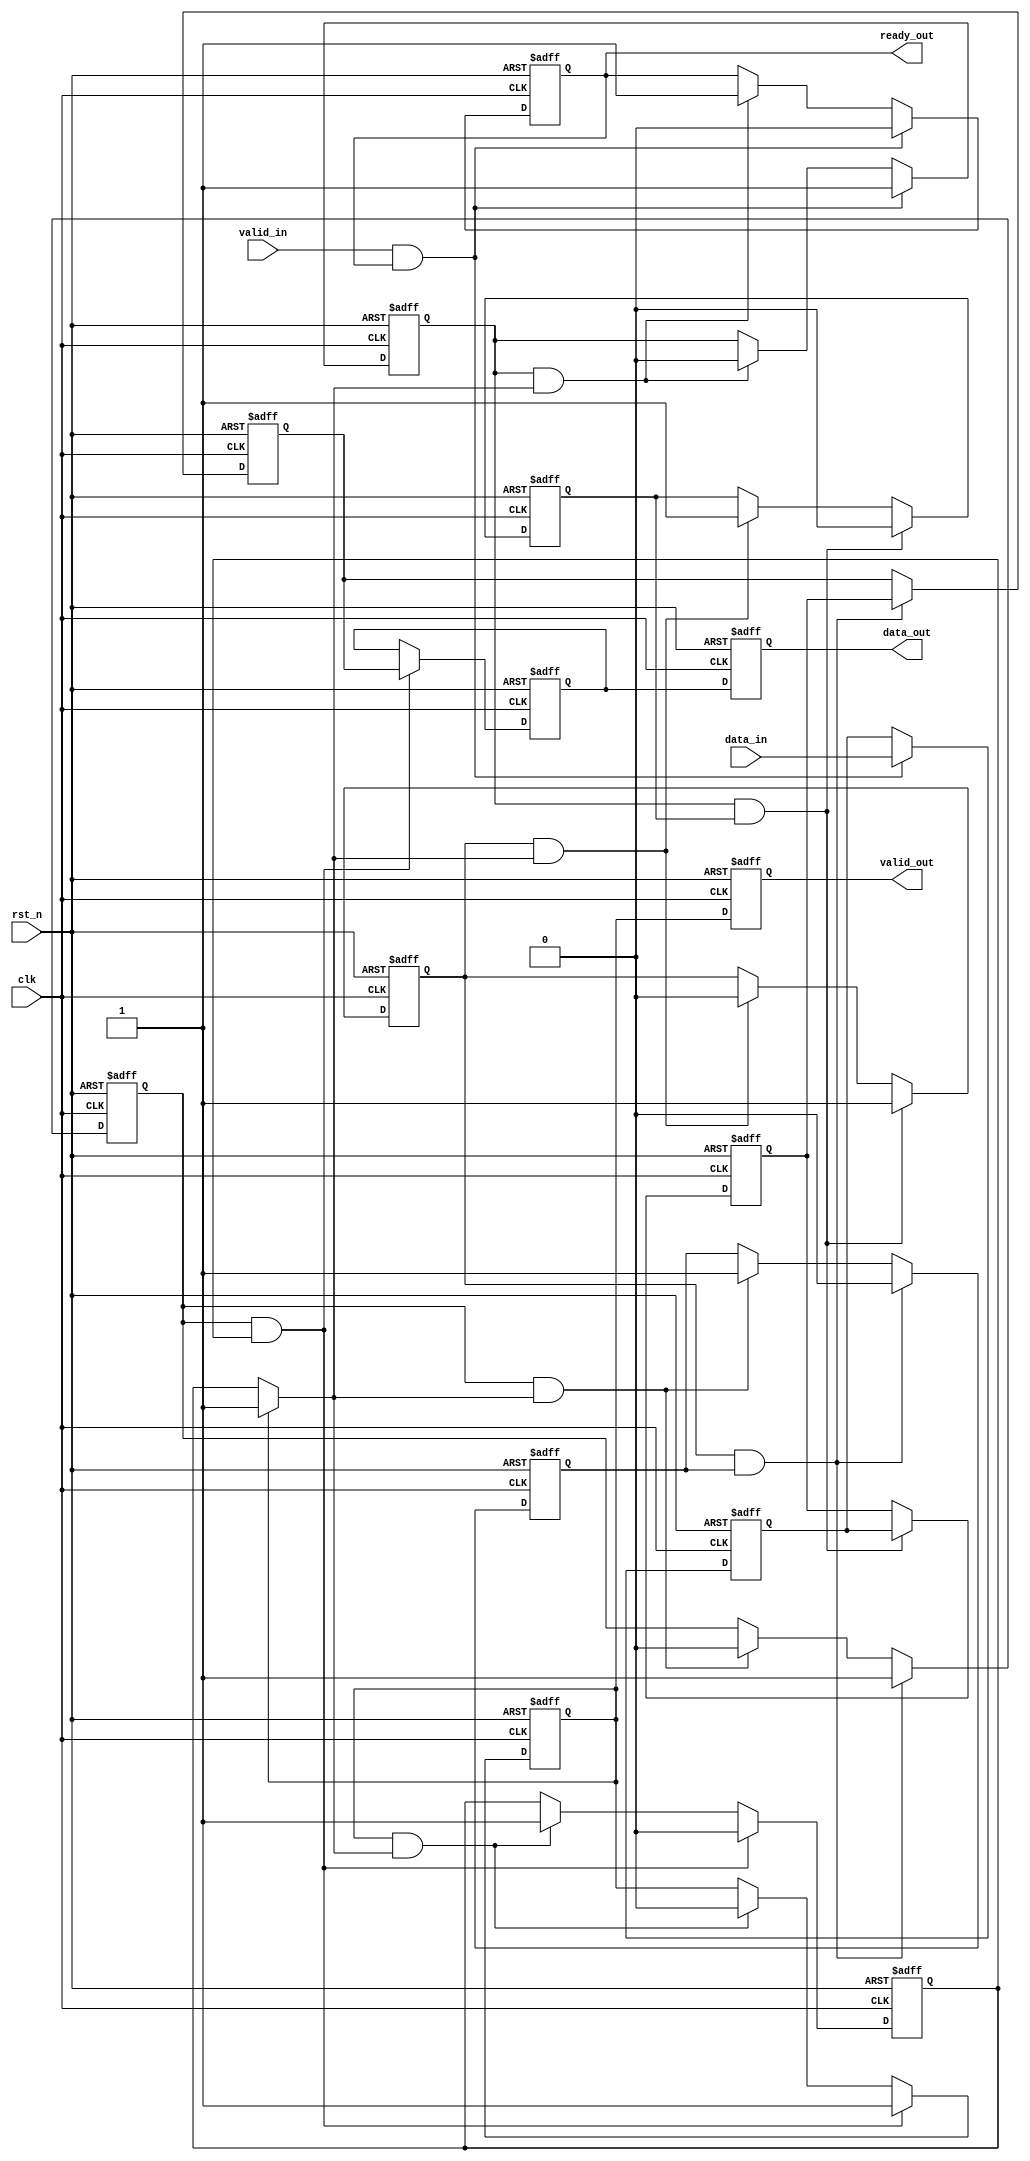
module memory_blocks_pipeline_synchronizer #(
    parameter DATA_WIDTH = 32,      // Width of data bus
    parameter NUM_STAGES = 4         // Number of pipeline stages
)(
    input wire clk,                  // Clock input
    input wire rst_n,                // Active-low reset
    input wire [DATA_WIDTH-1:0] data_in, // Input data
    input wire valid_in,             // Input valid signal
    output wire ready_out,           // Output ready signal
    output wire [DATA_WIDTH-1:0] data_out, // Output data
    output wire valid_out            // Output valid signal
);

    // Internal signals for pipeline stages
    reg [DATA_WIDTH-1:0] data_reg[0:NUM_STAGES-1];
    reg valid_reg[0:NUM_STAGES-1];
    reg ready_reg[0:NUM_STAGES-1];
    
    // Handshake signals for each stage
    wire ready_next;
    
    // Stage 0 (Input stage)
    assign ready_out = ready_reg[0];
    
    always @(posedge clk or negedge rst_n) begin
        if (!rst_n) begin
            data_reg[0] <= 0;
            valid_reg[0] <= 0;
            ready_reg[0] <= 1; // Ready to accept data
        end else begin
            // Handshake control for stage 0
            if (valid_in && ready_out) begin
                data_reg[0] <= data_in;
                valid_reg[0] <= 1;
                ready_reg[0] <= 0; // Not ready until data is processed
            end else if (valid_reg[0] && ready_next) begin
                valid_reg[0] <= 0;
                ready_reg[0] <= 1; // Ready for next input
            end
        end
    end
    
    // Pipeline stages
    genvar i;
    generate
        for (i = 1; i < NUM_STAGES; i = i + 1) begin: pipeline_stage
            always @(posedge clk or negedge rst_n) begin
                if (!rst_n) begin
                    data_reg[i] <= 0;
                    valid_reg[i] <= 0;
                    ready_reg[i] <= 1;
                end else begin
                    // Handshake control for each stage
                    if (valid_reg[i-1] && ready_reg[i]) begin
                        data_reg[i] <= data_reg[i-1];
                        valid_reg[i] <= 1;
                        ready_reg[i] <= 0; // Not ready until data is processed
                    end else if (valid_reg[i] && ready_next) begin
                        valid_reg[i] <= 0;
                        ready_reg[i] <= 1; // Ready for next stage
                    end
                end
            end
        end
    endgenerate

    // Output stage
    always @(posedge clk or negedge rst_n) begin
        if (!rst_n) begin
            data_out <= 0;
            valid_out <= 0;
        end else begin
            data_out <= data_reg[NUM_STAGES-1];
            valid_out <= valid_reg[NUM_STAGES-1]; // Output valid signal
        end
    end

    // Ready signal for the next stage 
    assign ready_next = (valid_reg[NUM_STAGES-1]) ? 1 : ready_reg[NUM_STAGES-1];

endmodule